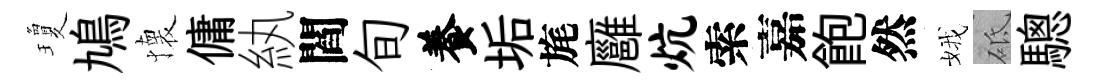
瓊鳩懐傭紈閻旬養垢旄廱炕索嘉飽然娥砥驄